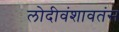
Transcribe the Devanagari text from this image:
लोदीवंशावतंस